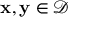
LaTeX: \mathbf { x } , \mathbf { y } \in { \mathcal { D } }